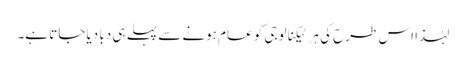
لہٰذا اس طرح کی ہر ٹیکنالوجی کو عام ہونے سے پہلے ہی دبا دیا جاتا ہے۔